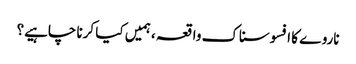
ناروے کا افسوسناک واقعہ ، ہمیں کیا کرنا چاہیے؟